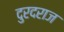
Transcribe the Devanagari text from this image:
दुरदराज